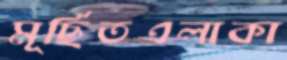
মূর্ছিতএলাকা